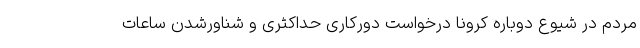
مردم در شیوع دوباره کرونا درخواست دورکاری حداکثری و شناورشدن ساعات